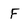
Character: F